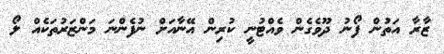
ޒާރާ އަތުން ފޯނު ދޫވެގެން ވެއްޓުނީ ކުރިން އޭނާއަށް ނުފެންނަ މަންޒަރުތަކެއް ލޯ